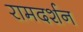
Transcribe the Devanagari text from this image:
रामदर्शन